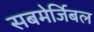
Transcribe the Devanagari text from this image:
सबमेर्जिबल